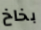
بخاخ